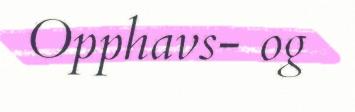
Opphavs- og